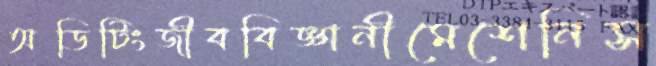
অডিটিংজীববিজ্ঞানীমেশেনিস